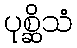
ပုစ္ဆိသံ